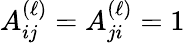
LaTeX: A_{ij}^{(\ell)}=A_{ji}^{(\ell)}=1